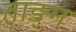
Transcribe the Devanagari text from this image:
ताङ्ग